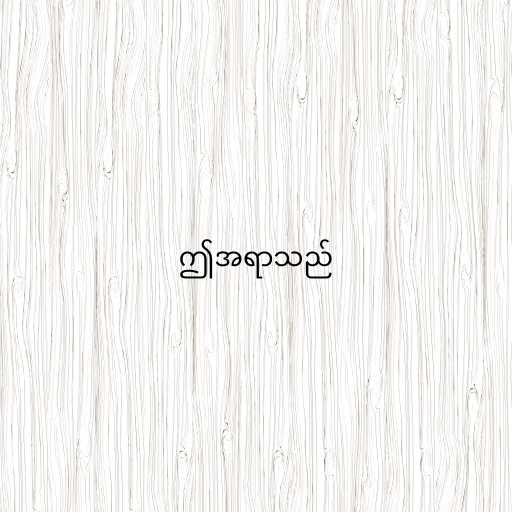
ဤအရာသည်